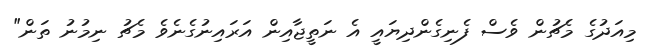
މިއަދުގެ މެޗުން ވެސް ފެނިގެންދިޔައީ އެ ނަތީޖާއިން އަރައިނުގެނެވެ މެޗު ނިމުނު ތަން"